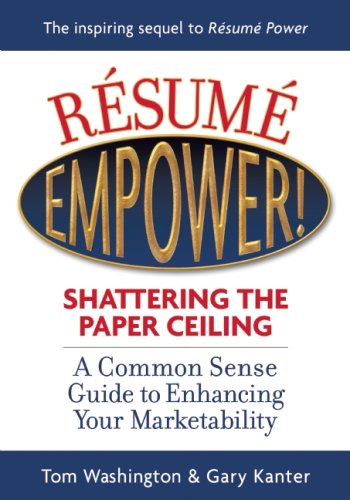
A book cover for Resume Empower!: Shattering the Paper Ceiling; Tom Washington; Business & Money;